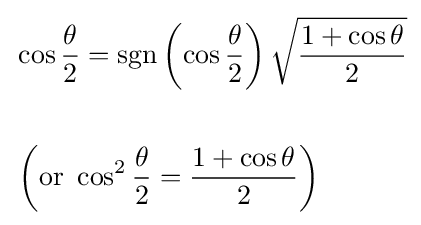
{\begin{aligned}&\cos {\frac {\theta }{2}}=\operatorname {sgn} \left(\cos {\frac {\theta }{2}}\right){\sqrt {\frac {1+\cos \theta }{2}}}\\\\&\left({\text{or }}\cos ^{2}{\frac {\theta }{2}}={\frac {1+\cos \theta }{2}}\right)\end{aligned}}